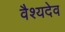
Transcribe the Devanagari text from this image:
वैश्यदेव